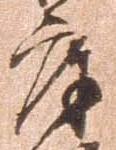
庫